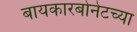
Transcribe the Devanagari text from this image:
बायकारबोनेटच्या